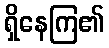
ရှိနေကြ၏